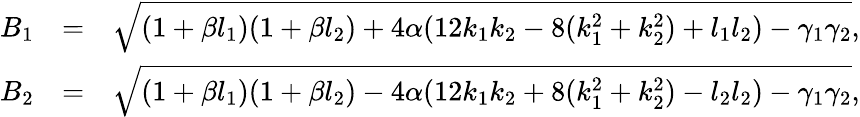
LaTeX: \begin{array}{rlr}{B_{1}}&{=}&{\sqrt{(1+\beta l_{1})(1+\beta l_{2})+4\alpha(12k_{1}k_{2}-8(k_{1}^{2}+k_{2}^{2})+l_{1}l_{2})-\gamma_{1}\gamma_{2}},}\\ {B_{2}}&{=}&{\sqrt{(1+\beta l_{1})(1+\beta l_{2})-4\alpha(12k_{1}k_{2}+8(k_{1}^{2}+k_{2}^{2})-l_{2}l_{2})-\gamma_{1}\gamma_{2}},}\end{array}